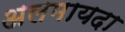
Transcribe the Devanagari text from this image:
अलमायदा